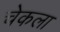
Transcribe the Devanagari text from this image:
चेकला